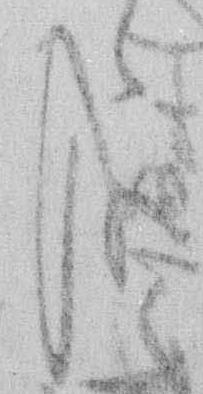
哉